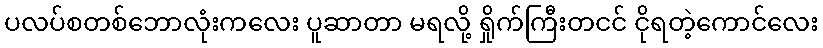
ပလပ်စတစ်ဘောလုံးကလေး ပူဆာတာ မရလို့ ရှိုက်ကြီးတငင် ငိုရတဲ့ကောင်လေး